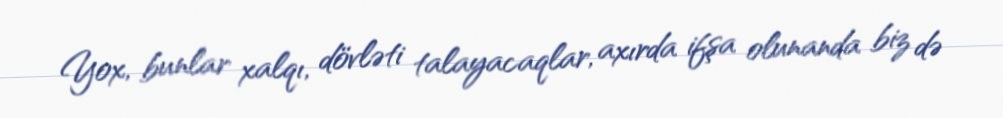
Yox, bunlar xalqı, dövləti talayacaqlar, axırda ifşa olunanda biz də